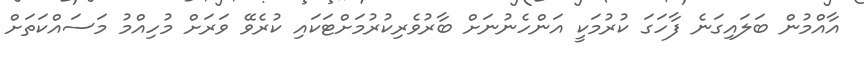
އާއްމުން ބަލައިގަނެ ފާހަގަ ކުރުމަކީ އަންހެނުނަށް ބާރުވެރިކުރުމަށްޓަކައި ކުރެވޭ ވަރަށް މުހިއްމު މަސައްކަތަށް